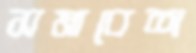
সমাবেশ